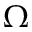
\Omega